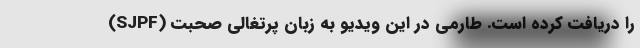
(SJPF) را دریافت کرده است. طارمی در این ویدیو به زبان پرتغالی صحبت